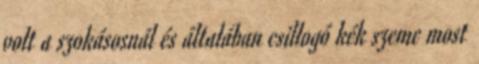
volt a szokásosnál és általában csillogó kék szeme most